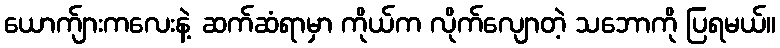
ယောက်ျားကလေးနဲ့ ဆက်ဆံရာမှာ ကိုယ်က လိုက်လျောတဲ့ သဘောကို ပြရမယ်။